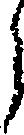
ら